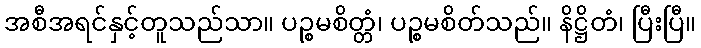
အစီအရင်နှင့်တူသည်သာ။ ပဉ္စမစိတ္တံ၊ ပဉ္စမစိတ်သည်။ နိဋ္ဌိတံ၊ ပြီးပြီ။